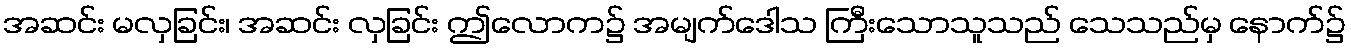
အဆင်း မလှခြင်း၊ အဆင်း လှခြင်း ဤလောက၌ အမျက်ဒေါသ ကြီးသောသူသည် သေသည်မှ နောက်၌